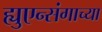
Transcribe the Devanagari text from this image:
ह्युएन्संगाच्या